Vaccination North-Western Provinces 1866-1877 - 1866-1877
Year: 1866
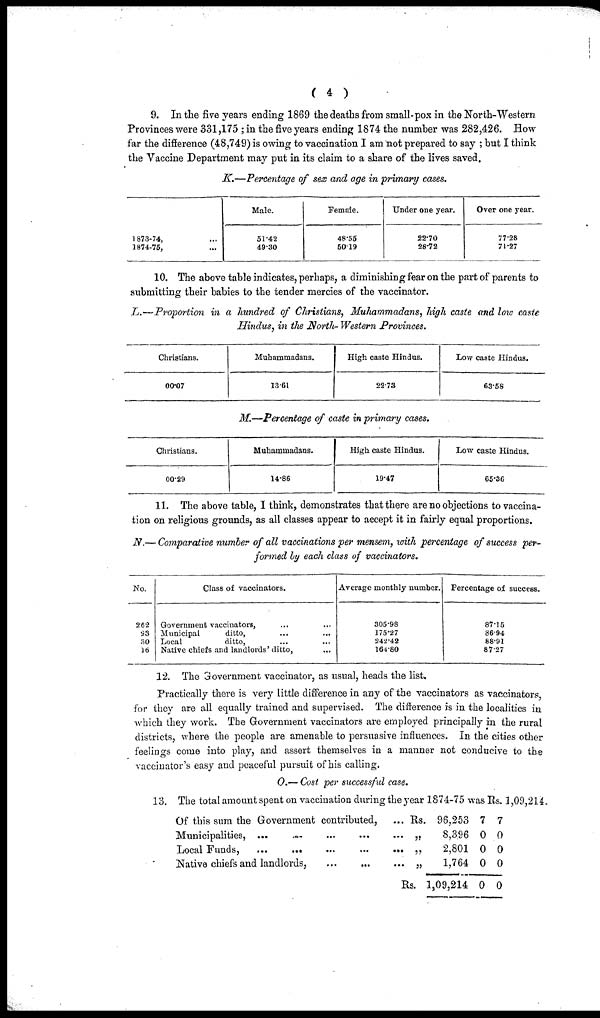
( 4 )
9. In the five years ending 1869 the deaths from small-pox in the North-Western
Provinces were 3311,175 ; in the five years ending 1874 the number was 282,426. How
far the difference (48,749) is owing to vaccination I am not prepared to say ; but I think
the Vaccine Department may put in its claim to a share of the lives saved.
K.—Percentage of sex and age in primary cases.
1873-74,
1874-75,
Male.
51.42
4930
Female.
48.55
5019
Under one year.
22.70
28.72
Over one year.
77.28
71.27
10. The above table indicates, perhaps, a diminishing fear on the part of parents to
submitting their babies to the tender mercies of the vaccinator.
L.—Proportion in a hundred of Christians, Muhammadans, high caste and low caste
Hindus, in the North- Western Provinces.
Christians.
00.07
Muhammadans.
13.61
High caste Hindus.
22.73
Low caste Hindus.
63.58
M.—Percentage of caste in primary cases.
Christians.
00.29
Muhammadans.
14.86
High caste Hindus.
19.47
Low caste Hindus.
65.36
11. The above table, I think, demonstrates that there are no objections to vaccina-
tion on religious grounds, as all classes appear to accept it in fairly equal proportions.
N.— Comparative number of all vaccinations per mensem, with percentage of success per-
formed by each class of vaccinators.
No.
262
93
30
16
Class of vaccinators.
Government vaccinatos, ... ...
Municipal
ditto, ... ...
Local
ditto, ... ...
Native chiefs and landlords' ditto, ...
Average monthly number.
305.98
175.27
242.42
164.80
Percentage of success.
87.15
86.94
88.91
87.27
12. The Government vaccinator, as usual, heads the list.
Practically there is very little difference in any of the vaccinators as vaccinators,
for they are all equally trained and supervised. The difference is in the localities in
which they work. The Government vaccinators are employed principally in the rural
districts, where the people are amenable to persuasive influences. In the cities other
feelings come into play, and assert themselves in a manner not conducive to the
vaccinator's easy and peaceful pursuit of his calling.
O.— Cost per success/id case.
13. The total amount spent on vaccination during the year 1874-75 was Rs. 1 ,09,214.
Of this sum the Government contributed, ... Rs.
Municipalities, ...
...
...
...
...
„.
Local Funds,
...
...
...
...
... „
Native chiefs and landlords,
...
...
...
„
Rs.
96,253
8,396
2,801
1,764
1,09,214
7
0
0
0
0
7
0
0
0
0